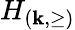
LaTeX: H_{(\mathbf{k},\geq)}